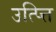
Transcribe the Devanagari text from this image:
उत्प्त्ति